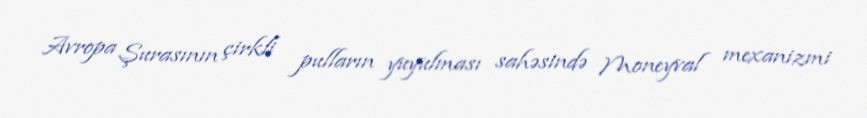
Avropa Şurasının çirkli pulların yuyulması sahəsində Moneyval mexanizmi